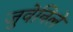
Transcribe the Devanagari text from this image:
जुवेनिले